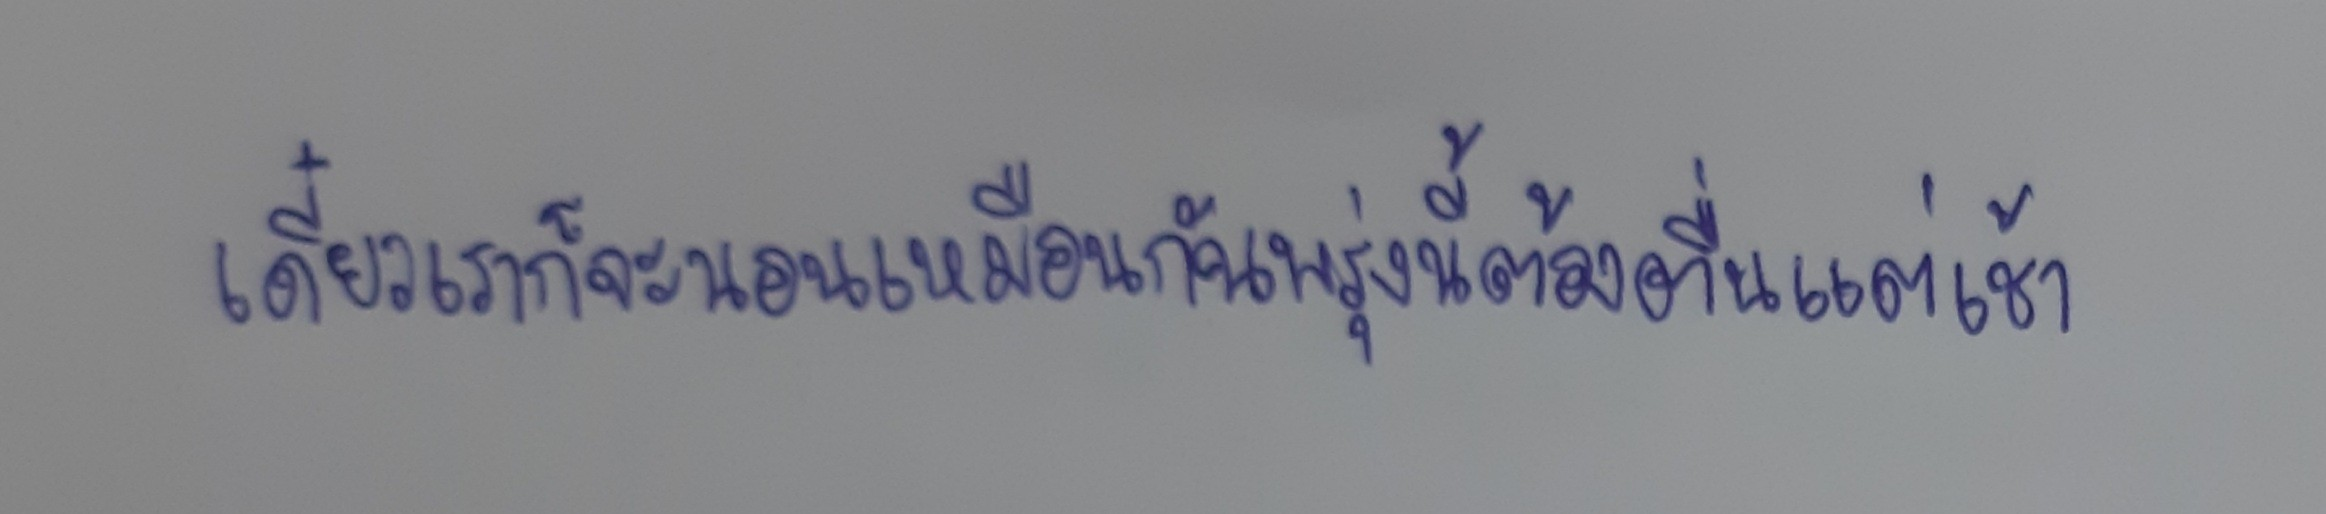
เดี๋ยวเราก็จะนอนเหมือนกันพรุ่งนี้ต้องตื่นแต่เช้า"